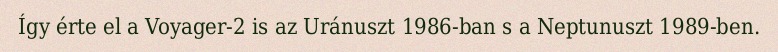
Így érte el a Voyager-2 is az Uránuszt 1986-ban s a Neptunuszt 1989-ben.